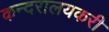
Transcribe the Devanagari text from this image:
कन्दरालयकरी